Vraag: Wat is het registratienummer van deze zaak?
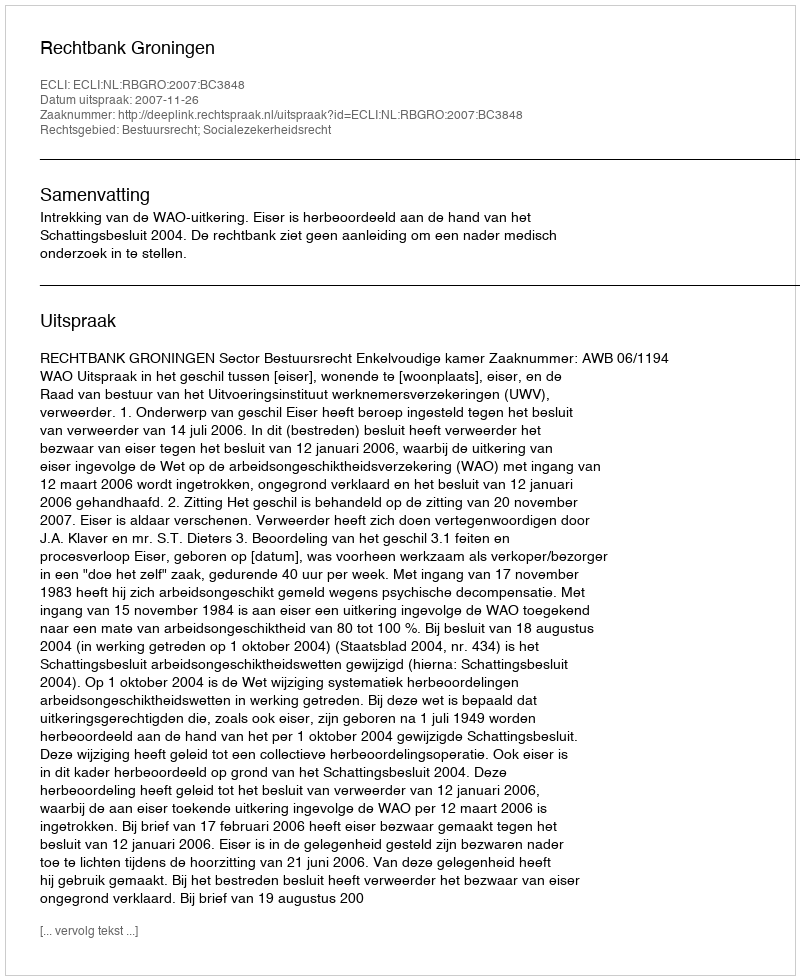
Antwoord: http://deeplink.rechtspraak.nl/uitspraak?id=ECLI:NL:RBGRO:2007:BC3848